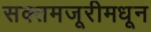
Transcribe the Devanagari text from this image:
सक्तमजूरीमधून